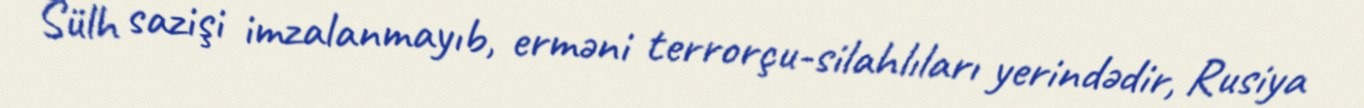
Sülh sazişi imzalanmayıb, erməni terrorçu-silahlıları yerindədir, Rusiya